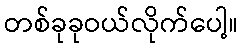
တစ်ခုခုဝယ်လိုက်ပေါ့။